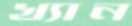
খ্যান